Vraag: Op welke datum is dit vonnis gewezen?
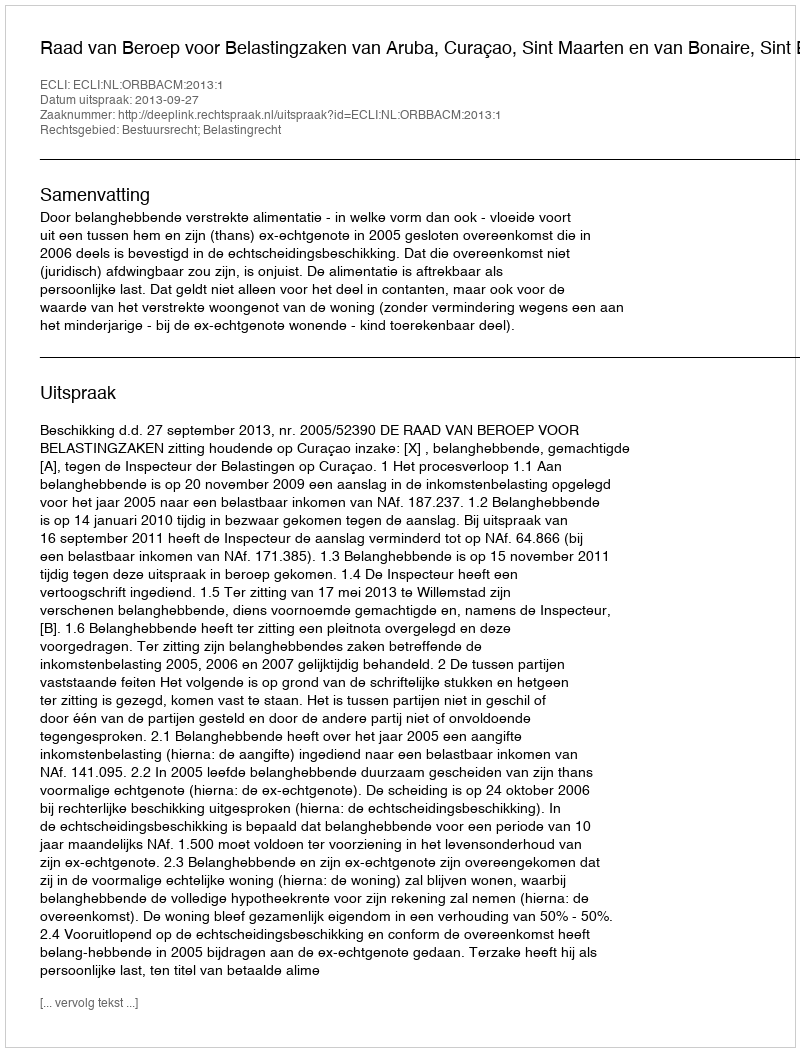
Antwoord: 2013-09-27